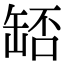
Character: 𦈶